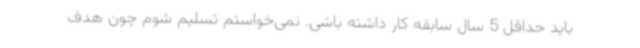
باید حداقل 5 سال سابقه کار داشته باشی. نمی‌خواستم تسلیم شوم چون هدف